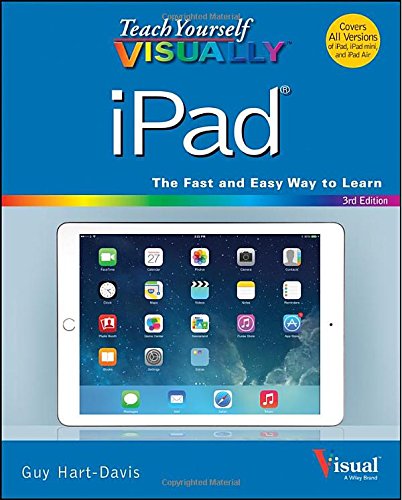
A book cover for Teach Yourself VISUALLY iPad: Covers iOS 8 and all models of iPad, iPad Air, and iPad mini (Teach Yourself VISUALLY (Tech)); Guy Hart-Davis; Computers & Technology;